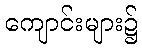
ကျောင်းများ၌